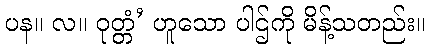
ပန။ လ။ ဝုတ္တံ’ ဟူသော ပါဌ်ကို မိန့်သတည်း။